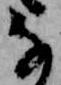
な